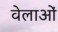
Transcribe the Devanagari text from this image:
वेलाओं